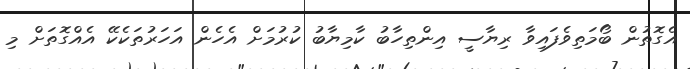
އެގޮތުން ބޯމަތިވެފައިވާ ރިޔާސީ އިންތިހާބު ކާމިޔާބު ކުރުމަށް އެހެން އަހަރުތަކެކޭ އެއްގޮތަށް މި